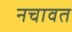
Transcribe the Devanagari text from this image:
नचावत